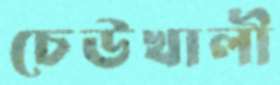
চেউখালী